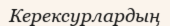
Керексурлардың